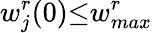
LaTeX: w_{j}^{r}(0){\leq}w_{max}^{r}